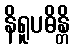
နိရူပဓိန္တိ